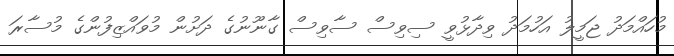
މުހައްމަދު ޖަމީލު އަހުމަދު ވިދާޅުވީ ސިވިސް ސާވިސް ގާނޫނުގެ ދަށުން މުވައްޒިފުންގެ މުސާރަ